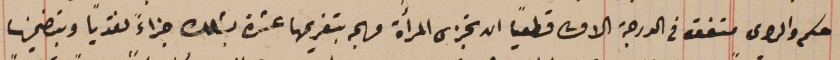
حكم والراى متفق فى الدرجة الاولى قطعياً ان تجزى المرأة مريم بتغريمها عشرة بشلك جزاءً نقدياً وبتضمينها